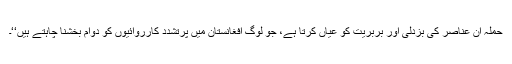
حملہ اُن عناصر کی بزدلی اور بربریت کو عیاں کرتا ہے، جو لوگ افغانستان میں پُرتشدد کارروائیوں کو دوام بخشنا چاہتے ہیں‘‘۔